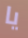
يا